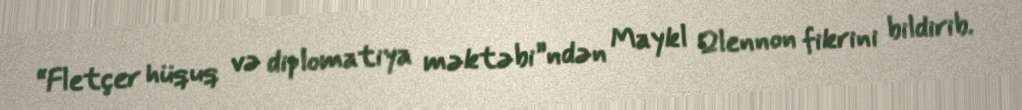
“Fletçer hüquq və diplomatiya məktəbi”ndən Maykl Qlennon fikrini bildirib.